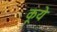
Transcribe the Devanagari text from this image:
कूये